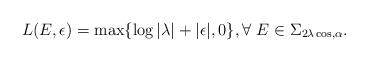
LaTeX: \begin{align*}L(E,\epsilon)=\max \{\log |\lambda|+|\epsilon|,0\}, \forall \ E\in \Sigma_{2\lambda \cos,\alpha}.\end{align*}